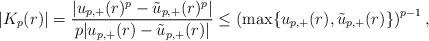
LaTeX: \begin{align*}|K_p(r)|=\frac{|u_{p,+}(r)^p-\tilde{u}_{p,+}(r)^p|}{p|u_{p,+}(r)-\tilde{u}_{p,+}(r)|} \leq \left(\max\{u_{p,+}(r),\tilde{u}_{p,+}(r)\}\right)^{p-1},\end{align*}